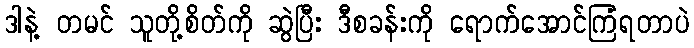
ဒါနဲ့ တမင် သူတို့စိတ်ကို ဆွဲပြီး ဒီစခန်းကို ရောက်အောင်ကြံရတာပဲ